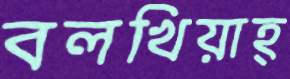
বলখিয়াহ্